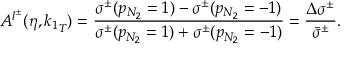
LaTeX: A ^ { l ^ { \pm } } ( \eta , { k _ { 1 } } _ { T } ) = \frac { \sigma ^ { \pm } ( p _ { N _ { 2 } } = 1 ) - \sigma ^ { \pm } ( p _ { N _ { 2 } } = - 1 ) } { \sigma ^ { \pm } ( p _ { N _ { 2 } } = 1 ) + \sigma ^ { \pm } ( p _ { N _ { 2 } } = - 1 ) } = \frac { \Delta \sigma ^ { \pm } } { \bar { \sigma } ^ { \pm } } .